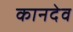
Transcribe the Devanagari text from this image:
कानदेव